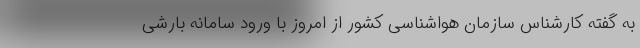
به گفته کارشناس سازمان هواشناسی کشور از امروز با ورود سامانه بارشی